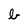
Character: b